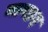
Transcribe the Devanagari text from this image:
नागह्रद